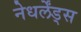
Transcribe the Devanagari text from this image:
नेधर्लेंड्स